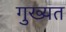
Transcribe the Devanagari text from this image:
गुख्यत